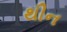
થીન